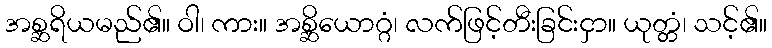
အစ္ဆရိယမည်၏။ ဝါ၊ ကား။ အစ္ဆိယောဂ္ဂံ၊ လက်ဖြင့်တီးခြင်းငှာ။ ယုတ္တံ၊ သင့်၏။